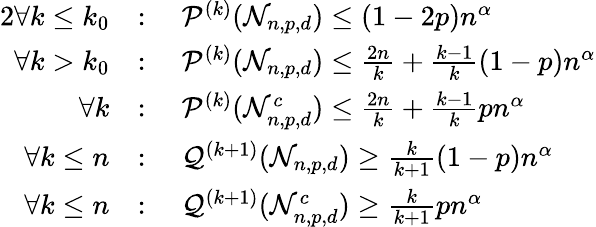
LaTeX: \begin{array}{rl}{{2}\forall k\leq k_{0}}&{:\quad\mathcal{P}^{(k)}(\mathcal{N}_{n,p,d})\leq(1-2p)n^{\alpha}}\\ {\forall k>k_{0}}&{:\quad\mathcal{P}^{(k)}(\mathcal{N}_{n,p,d})\leq\frac{2n}{k}+\frac{k-1}{k}(1-p)n^{\alpha}}\\ {\forall k}&{:\quad\mathcal{P}^{(k)}(\mathcal{N}_{n,p,d}^{c})\leq\frac{2n}{k}+\frac{k-1}{k}pn^{\alpha}}\\ {\forall k\leq n}&{:\quad\mathcal{Q}^{(k+1)}(\mathcal{N}_{n,p,d})\geq\frac{k}{k+1}(1-p)n^{\alpha}}\\ {\forall k\leq n}&{:\quad\mathcal{Q}^{(k+1)}(\mathcal{N}_{n,p,d}^{c})\geq\frac{k}{k+1}pn^{\alpha}}\end{array}